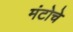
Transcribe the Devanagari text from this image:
मंटोचे